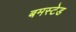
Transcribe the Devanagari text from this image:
बमस्टेड